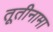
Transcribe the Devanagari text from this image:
तूतीनामा